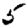
Digit: 5